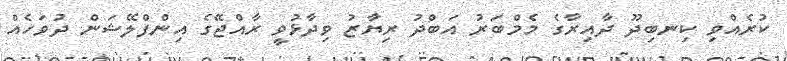
ކުރެއްވި ކިނބިދޫ ދާއިރާގެ މެމްބަރު އަބްދު ރިޔާޒު ވިދާޅުވީ ރާއްޖޭގެ އިންފްލޭޝަން ދުވަހެއް